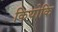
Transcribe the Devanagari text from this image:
कियोकि